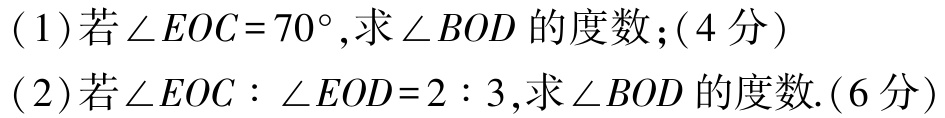
(1)若\(\angle EOC = 70^{\circ}\),求\(\angle BOD\)的度数；(4分)

(2)若\(\angle EOC:\angle EOD = 2:3\),求\(\angle BOD\)的度数.(6分)